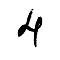
4